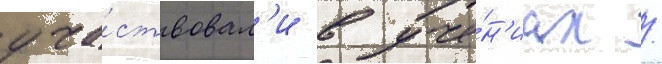
уча́ствовал'и в уче́н'иах /